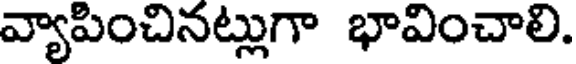
వ్యాపించినట్లుగా భావించాలి.